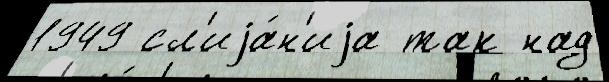
1949 сл'иjа́н'иjа так над